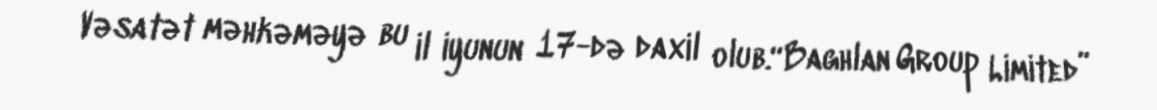
Vəsatət məhkəməyə bu il iyunun 17-də daxil olub.“Baghlan Group Limited”